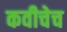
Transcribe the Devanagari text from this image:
कवीचेच